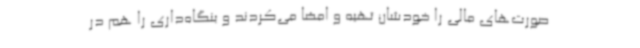
صورت‌های مالی را خودشان تهیه و امضا می‌کردند و بنگاه‌داری را هم در